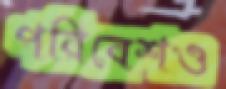
পরিবেশও